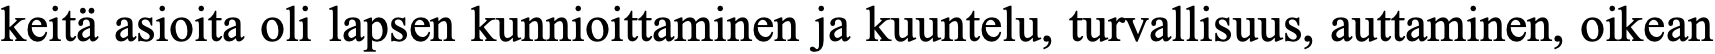
keitä asioita oli lapsen kunnioittaminen ja kuuntelu, turvallisuus, auttaminen, oikean